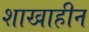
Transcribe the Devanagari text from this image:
शाखाहीन